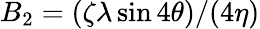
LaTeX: B_{2}=(\zeta\lambda\sin 4\theta)/(4\eta)